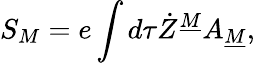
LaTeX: S_{M}=e\int d\tau\dot{Z}^{\underline{{M}}}A_{\underline{{M}}},